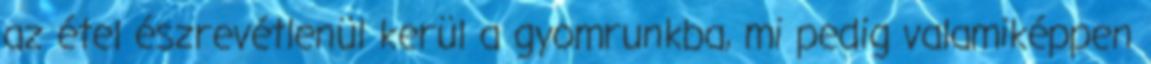
az étel észrevétlenül kerül a gyomrunkba, mi pedig valamiképpen